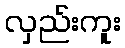
လှည်းကူး